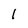
Character: 1